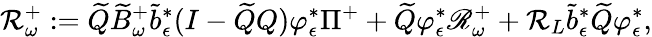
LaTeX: \mathcal R_{\omega}^{+}:=\widetilde Q\widetilde B_{\omega}^{+}\tilde{b}_{\epsilon}^{*}(I-\widetilde QQ)\varphi_{\epsilon}^{*}\Pi^{+}+\widetilde Q\varphi_{\epsilon}^{*}\mathscr R_{\omega}^{+}+\mathcal R_{L}\tilde{b}_{\epsilon}^{*}\widetilde Q\varphi_{\epsilon}^{*},